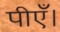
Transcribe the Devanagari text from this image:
पीएँ।